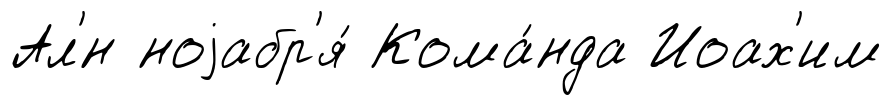
Ал'́н ноjабр'я́ Кома́нда Иоах'им